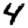
Digit: 4